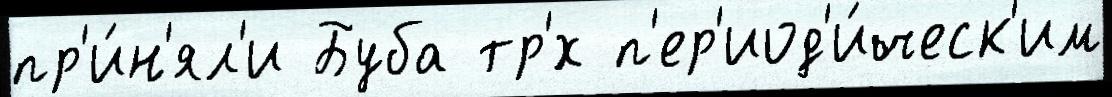
пр'и́н'ял'и Буба тр'́х п'ер'иод'и́ческ'им